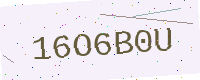
Text: 16O6B0U